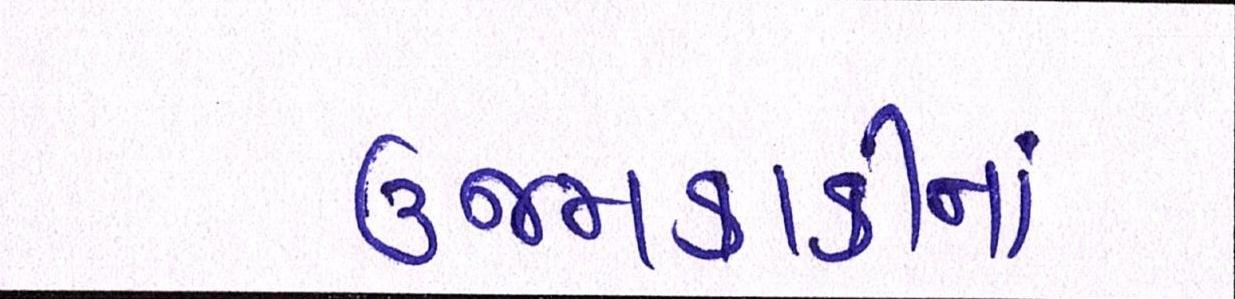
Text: ઉજમકાકીનાં